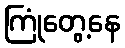
ကြုံတွေ့နေ